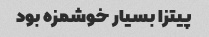
پیتزا بسیار خوشمزه بود